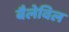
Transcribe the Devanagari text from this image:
बैलेविल